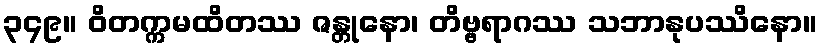
၃၄၉။ ဝိတက္ကမထိတဿ ဇန္တုနော၊ တိဗ္ဗရာဂဿ သဘာနုပဿိနော။